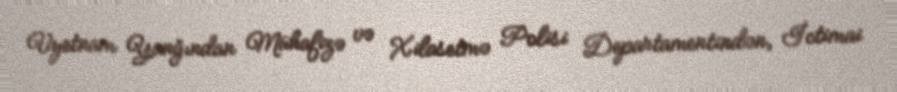
Vyetnam Yanğından Mühafizə və Xilasetmə Polisi Departamentindən, İctimai